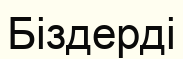
Біздерді